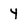
Character: Y